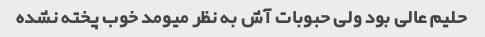
حلیم عالی بود ولی حبوبات آش به نظر میومد خوب پخته نشده